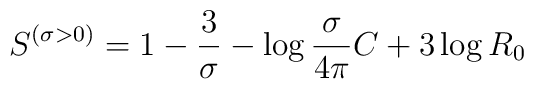
S^{\left( {\sigma >0} \right)}=1-{3 \over \sigma }-\log {\sigma  \over{4\pi }}C+3 \log R_0